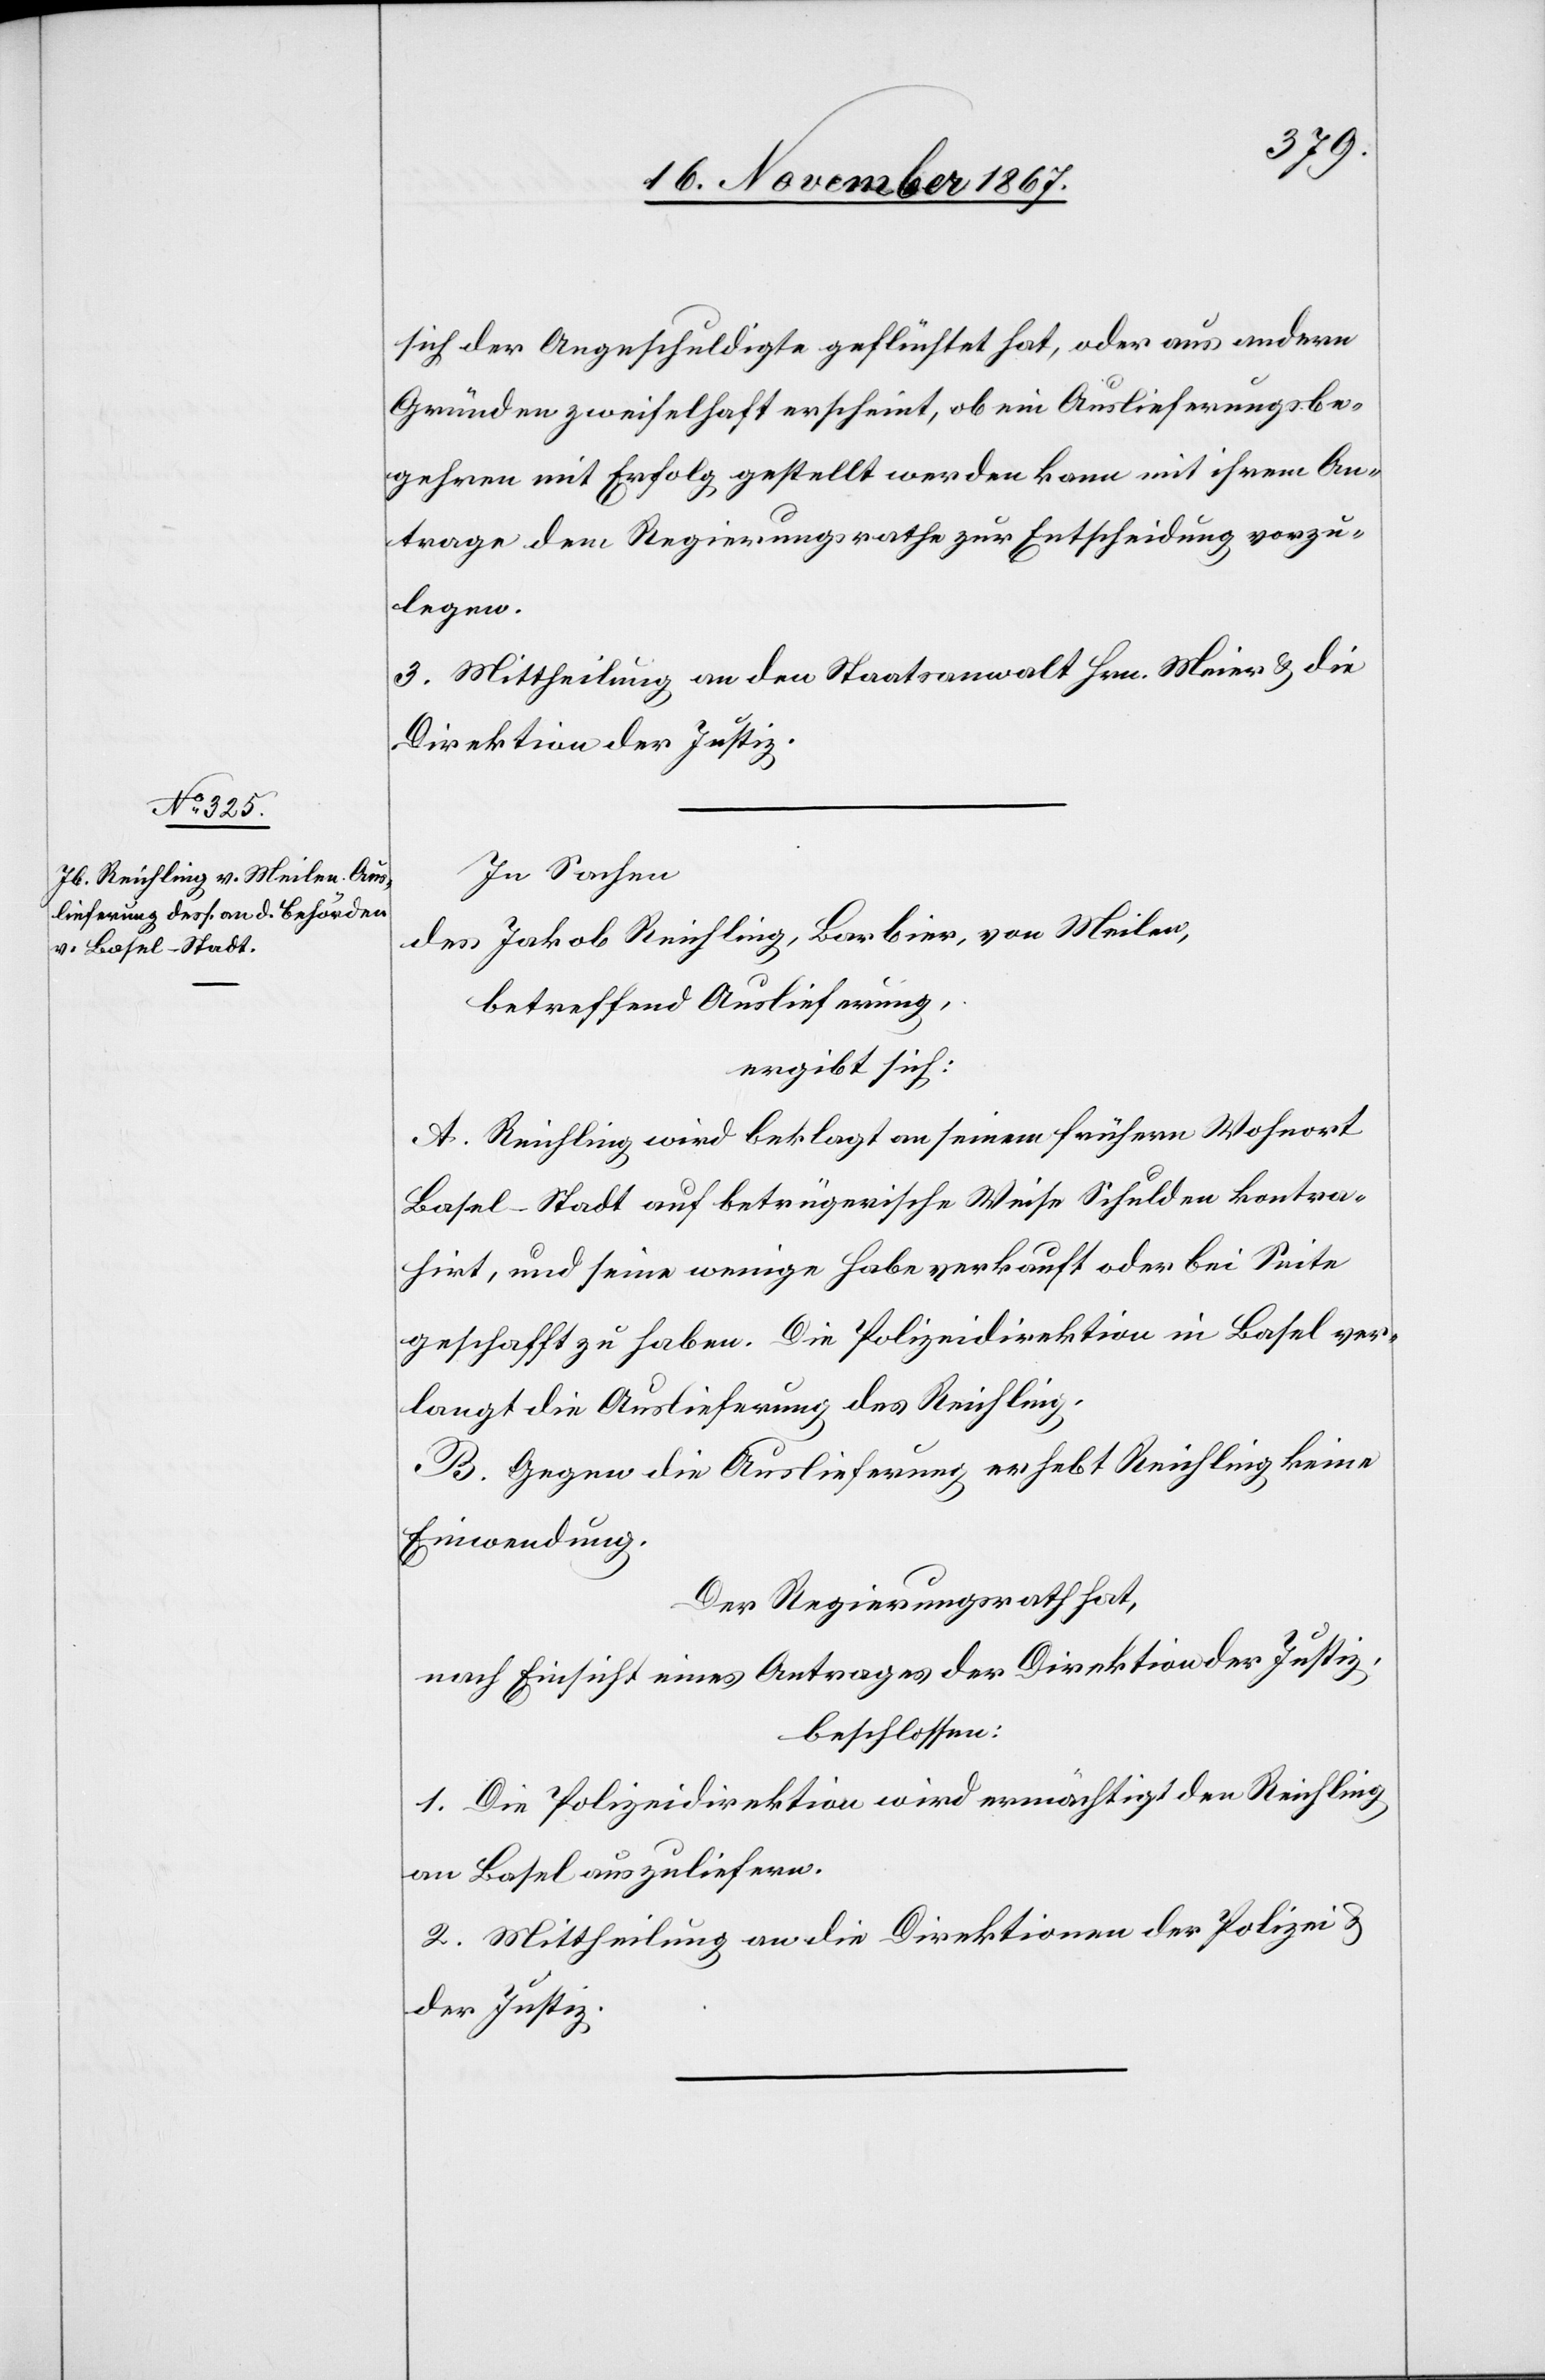
sich der Angeschuldigte geflüchtet hat, oder aus andern
Gründen zweifelhaft erscheint, ob ein Auslieferungsbe¬
gehren mit Erfolg gestellt werden kann mit ihrem An¬
trage dem Regierungsrathe zur Entscheidung vorzu¬
legen
3. Mittheilung an den Staatsanwalt Hrn. Meier u. die
Direktion der Justiz.
In Sachen
des Jakob Reichling, Barbier, von Meilen,
betreffend Auslieferung,
ergibt sich:
A. Reichling wird beklagt an seinem frühern Wohnort
Basel-Stadt auf betrügerische Weise Schulden kontra¬
hirt, und seine wenige Habe verkauft oder bei Seite
geschafft zu haben. Die Polizeidirektion in Basel ver¬
langt die Auslieferung des Reichling.
B. Gegen die Auslieferung erhebt Reichling keine
Einwendung.
Der Regierungsrath hat,
nach Einsicht eines Antrages der Direktion der Justiz,
beschlossen:
1. Die Polizeidirektion wird ermächtigt den Reichling
an Basel auszuliefern.
2. Mittheilung an die Direktionen der Polizei u.
der Justiz.